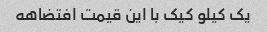
یک کیلو کیک با این قیمت افتضاهه